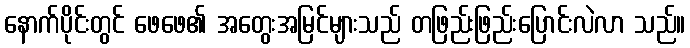
နောက်ပိုင်းတွင် ဖေဖေ၏ အတွေးအမြင်များသည် တဖြည်းဖြည်းပြောင်းလဲလာ သည်။